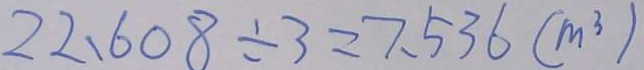
2 2 . 6 0 8 \div 3 = 7 . 5 3 6 ( m ^ { 3 } )